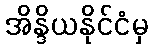
အိန္ဒိယနိုင်ငံမှ